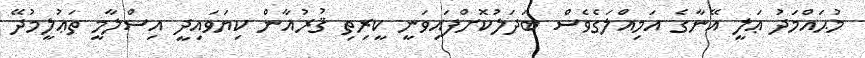
މުޙައްމަދު ޢަލީ އޭނާގެ އަމިއްލަގެވެސް ބަދަލުކޮށްފައިވަނީ ކީރިތި ޤުރުއާން ކިޔަވައިދީ އިސްލާމީ ތަޢުލީމުދޭ